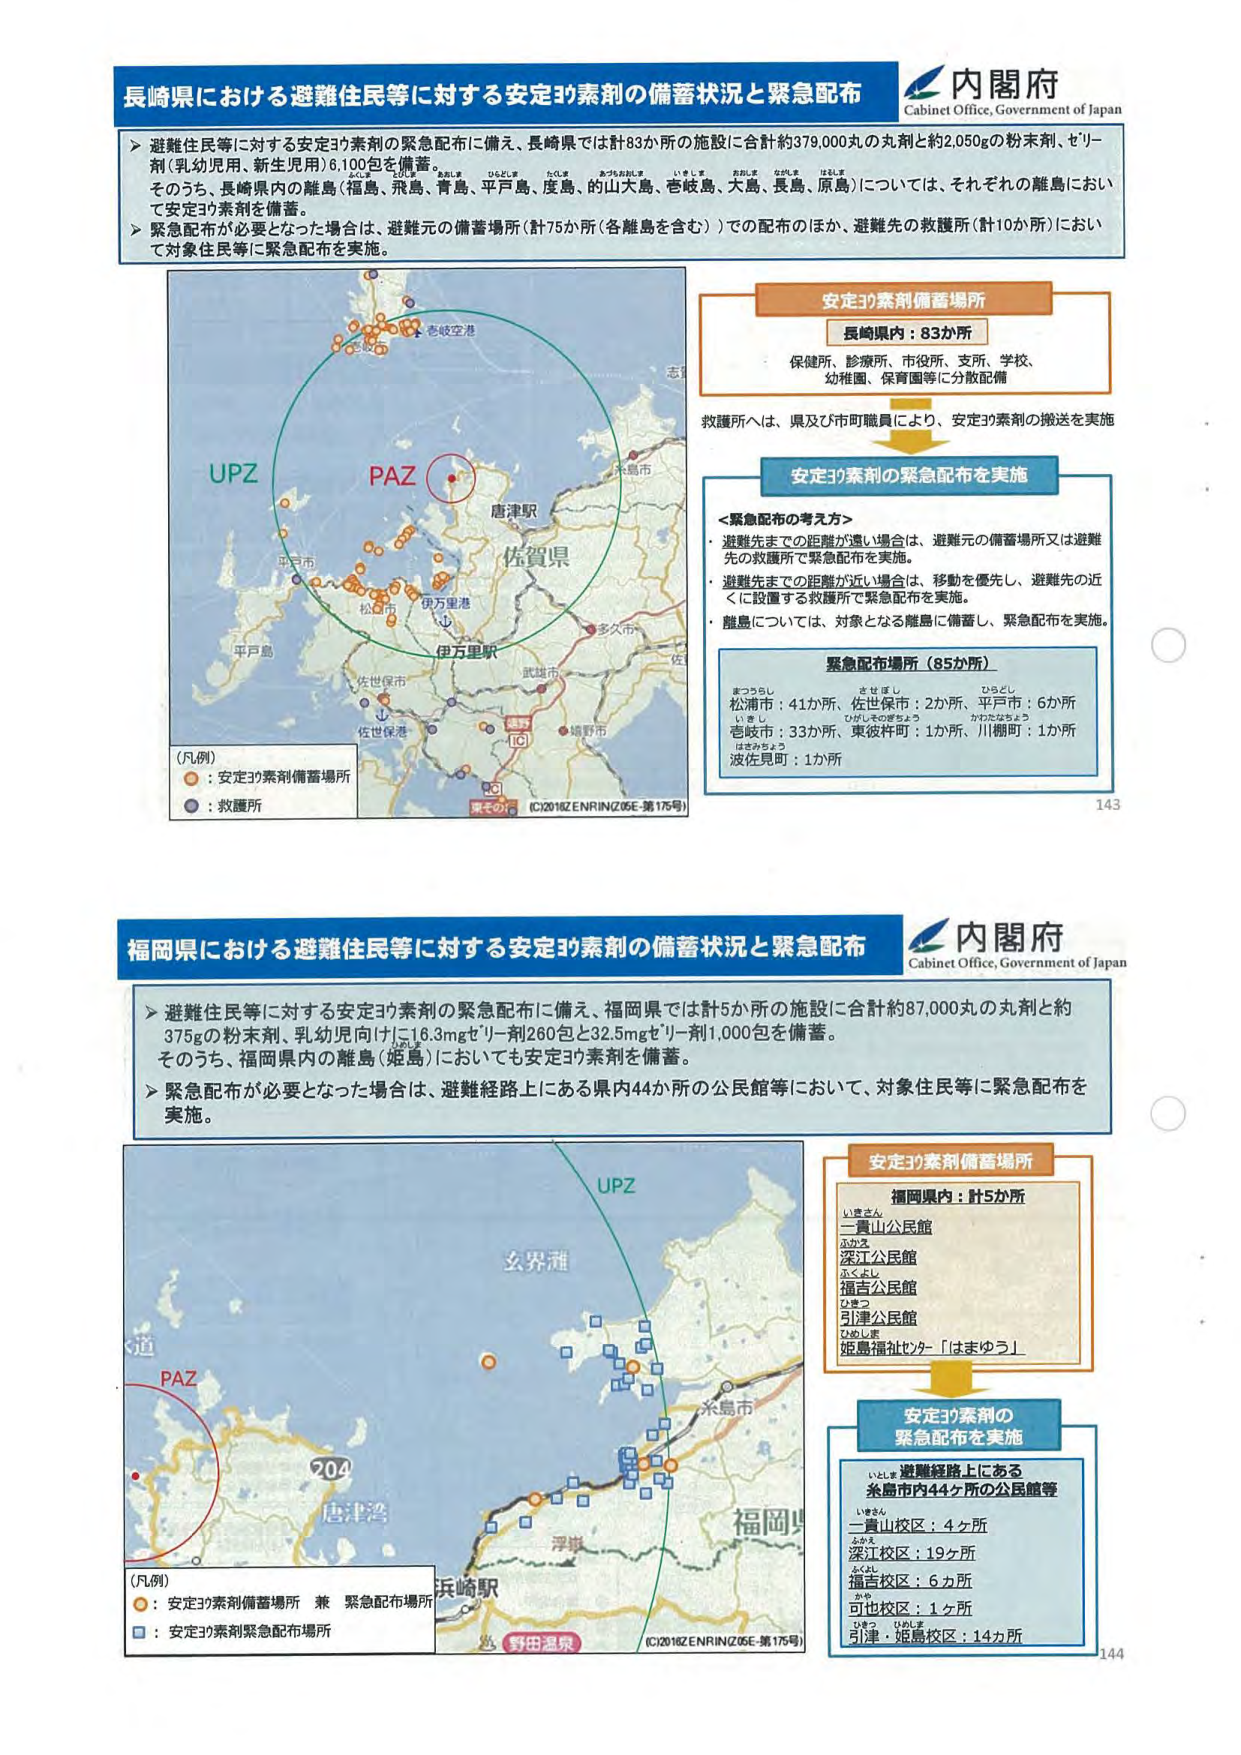
長崎県における避難住民等に対する安定ヨウ素剤の備蓄状況と緊急配布
内閣府
Cabinet Office, Government of Japan
▶ 避難住民等に対する安定ヨウ素剤の緊急配布に備え、長崎県では計83か所の施設に合計約379,000丸の丸剤と約2,050gの粉末剤、ゼリー剤（乳幼児用、新生児用）6,100包を備蓄。
そのうち、長崎県内の離島（福島、飛島、青島、平戸島、度島、的大山島、壱岐島、大島、長島、原島）については、それぞれの離島において安定ヨウ素剤を備蓄。
▶ 緊急配布が必要となった場合は、避難元の備蓄場所（計75か所（各離島を含む））での配布のほか、避難先の救護所（計10か所）において対象住民等に緊急配布を実施。
安定ヨウ素剤備蓄場所
長崎県内：83か所
保健所、診療所、市役所、支所、学校、
幼稚園、保育園等に分散配備
救護所へは、県及び市町職員により、安定ヨウ素剤の搬送を実施
安定ヨウ素剤の緊急配布を実施
＜緊急配布の考え方＞
・避難先までの距離が遠い場合は、避難元の備蓄場所又は避難先の救護所で緊急配布を実施。
・避難先までの距離が近い場合は、移動を優先し、避難先の近くに設置する救護所で緊急配布を実施。
・離島については、対象となる離島に備蓄し、緊急配布を実施。
緊急配布場所（85か所）
まつうらし
松浦市：41か所、佐世保市：2か所、平戸市：6か所
いきし
壱岐市：33か所、東彼杵町：1か所、川棚町：1か所
はさかちょう
波佐見町：1か所
UPZ
PAZ
唐津駅
佐賀県
伊万里駅
武雄市
佐世保市
佐世保港
多久市
（凡例）
○：安定ヨウ素剤備蓄場所
●：救護所
(C)2018ZENRIN(Z05E-第175号)
143
福岡県における避難住民等に対する安定ヨウ素剤の備蓄状況と緊急配布
内閣府
Cabinet Office, Government of Japan
▶ 避難住民等に対する安定ヨウ素剤の緊急配布に備え、福岡県では計5か所の施設に合計約87,000丸の丸剤と約375gの粉末剤、乳幼児向け16.3mgゼリー剤260包と32.5mgゼリー剤1,000包を備蓄。
そのうち、福岡県内の離島（姫島）においても安定ヨウ素剤を備蓄。
▶ 緊急配布が必要となった場合は、避難経路上にある県内44か所の公民館等において、対象住民等に緊急配布を実施。
安定ヨウ素剤備蓄場所
福岡県内：計5か所
いきさん
二貫山公民館
ふかえ
深江公民館
ふくよし
福吉公民館
ひきつ
引津公民館
ひめしま
姫島福祉センター「はまゆう」
安定ヨウ素剤の
緊急配布を実施
いとしょ 避難経路上にある
糸島市内44ヶ所の公民館等
いきさん
二貫山校区：4ヶ所
ふかえ
深江校区：19ヶ所
ふくよし
福吉校区：6ヶ所
ふくや
可也校区：1ヶ所
ひきつ ひめしま
引津・姫島校区：14ヶ所
UPZ
PAZ
204
唐津湾
浮羽
福岡県
（凡例）
○：安定ヨウ素剤備蓄場所 兼 緊急配布場所
□：安定ヨウ素剤緊急配布場所
野田温泉
(C)2018ZENRIN(Z05E-第175号)
144